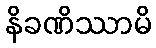
နိခဏိဿာမိ